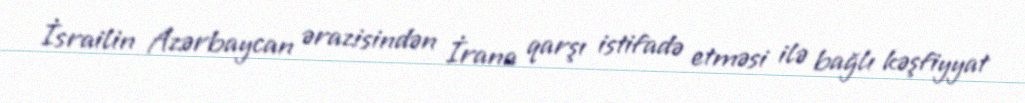
İsrailin Azərbaycan ərazisindən İrana qarşı istifadə etməsi ilə bağlı kəşfiyyat